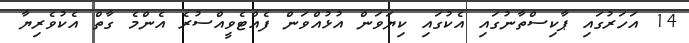
14 އަހަރުގައި ޕާކިސްތާނުގައި އެކުގައި ކިޔަވަން އުޅުއްވަން ފެއްޓެވީއްސުރެ އެންމެ ގާތް އެކުވެރިޔާ